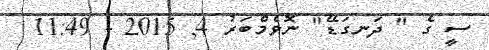
ސީ ގެ " ދަނގަޑޭ" ނޮވެމްބަރު 4